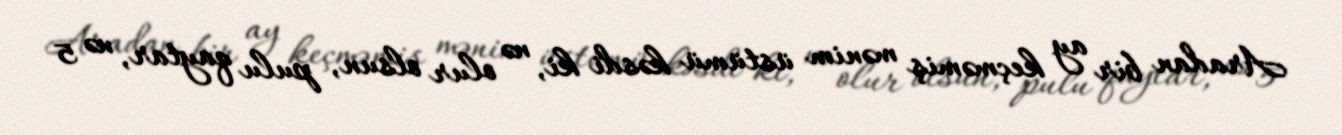
Aradan bir ay keçməmiş mənim üstümü kəsdi ki, nə olur olsun, pulu qaytar, nə 5